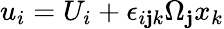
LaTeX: u_{i}=U_{i}+\epsilon_{i\mathbf{j}k}\Omega_{\mathbf{j}}x_{k}